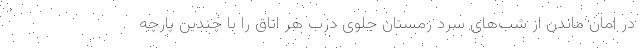
در امان ماندن از شب‌های سردِ زمستان جلوی درب هر اتاق را با چندین پارچه